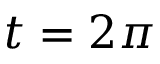
t = 2 \pi